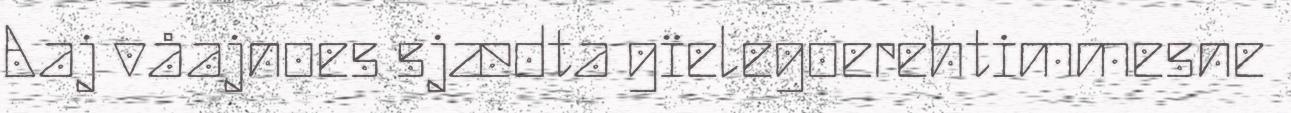
Aaj våajnoes sjædta gïelegoerehtimmesne